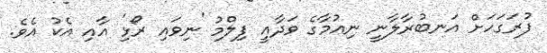
ފުރަގަހަށް އަނބުރާލާނީ ނިއުމާގެ ވަދާއީ ފިލްމު 'ނިވައި ރޯޅި' އާއި އެކު އެވެ.